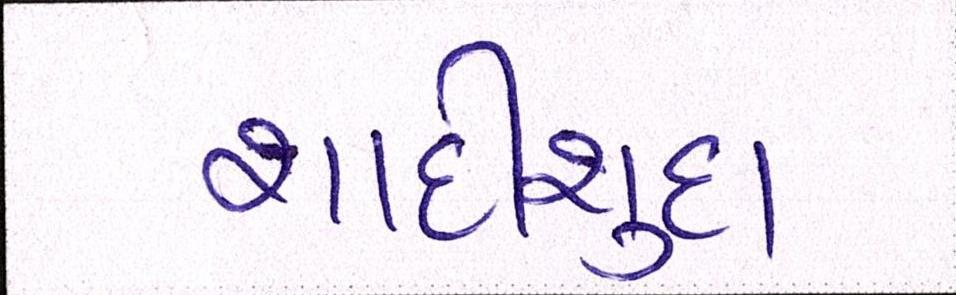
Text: શાદીશુદા